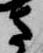
さ